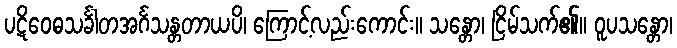
ပဋိဝေဓသင်္ခါတအင်္ဂသန္တတာယပိ၊ ကြောင့်လည်းကောင်း။ သန္တော၊ ငြိမ်သက်၏။ ဝူပသန္တော၊